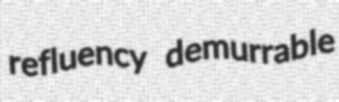
refluency demurrable